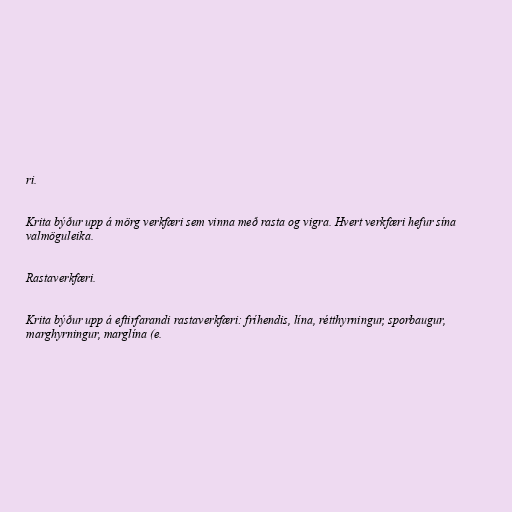
ri.

Krita býður upp á mörg verkfæri sem vinna með rasta og vigra. Hvert verkfæri hefur sína
valmöguleika.

Rastaverkfæri.

Krita býður upp á eftirfarandi rastaverkfæri: fríhendis, lína, rétthyrningur, sporbaugur,
marghyrningur, marglína (e.